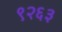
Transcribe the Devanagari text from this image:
९२६३